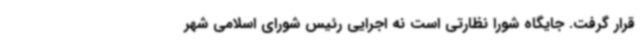
قرار گرفت. جایگاه شورا نظارتی است نه اجرایی رئیس شورای اسلامی شهر